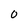
Character: 0